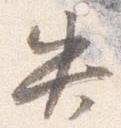
失